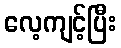
လေ့ကျင့်ပြီး